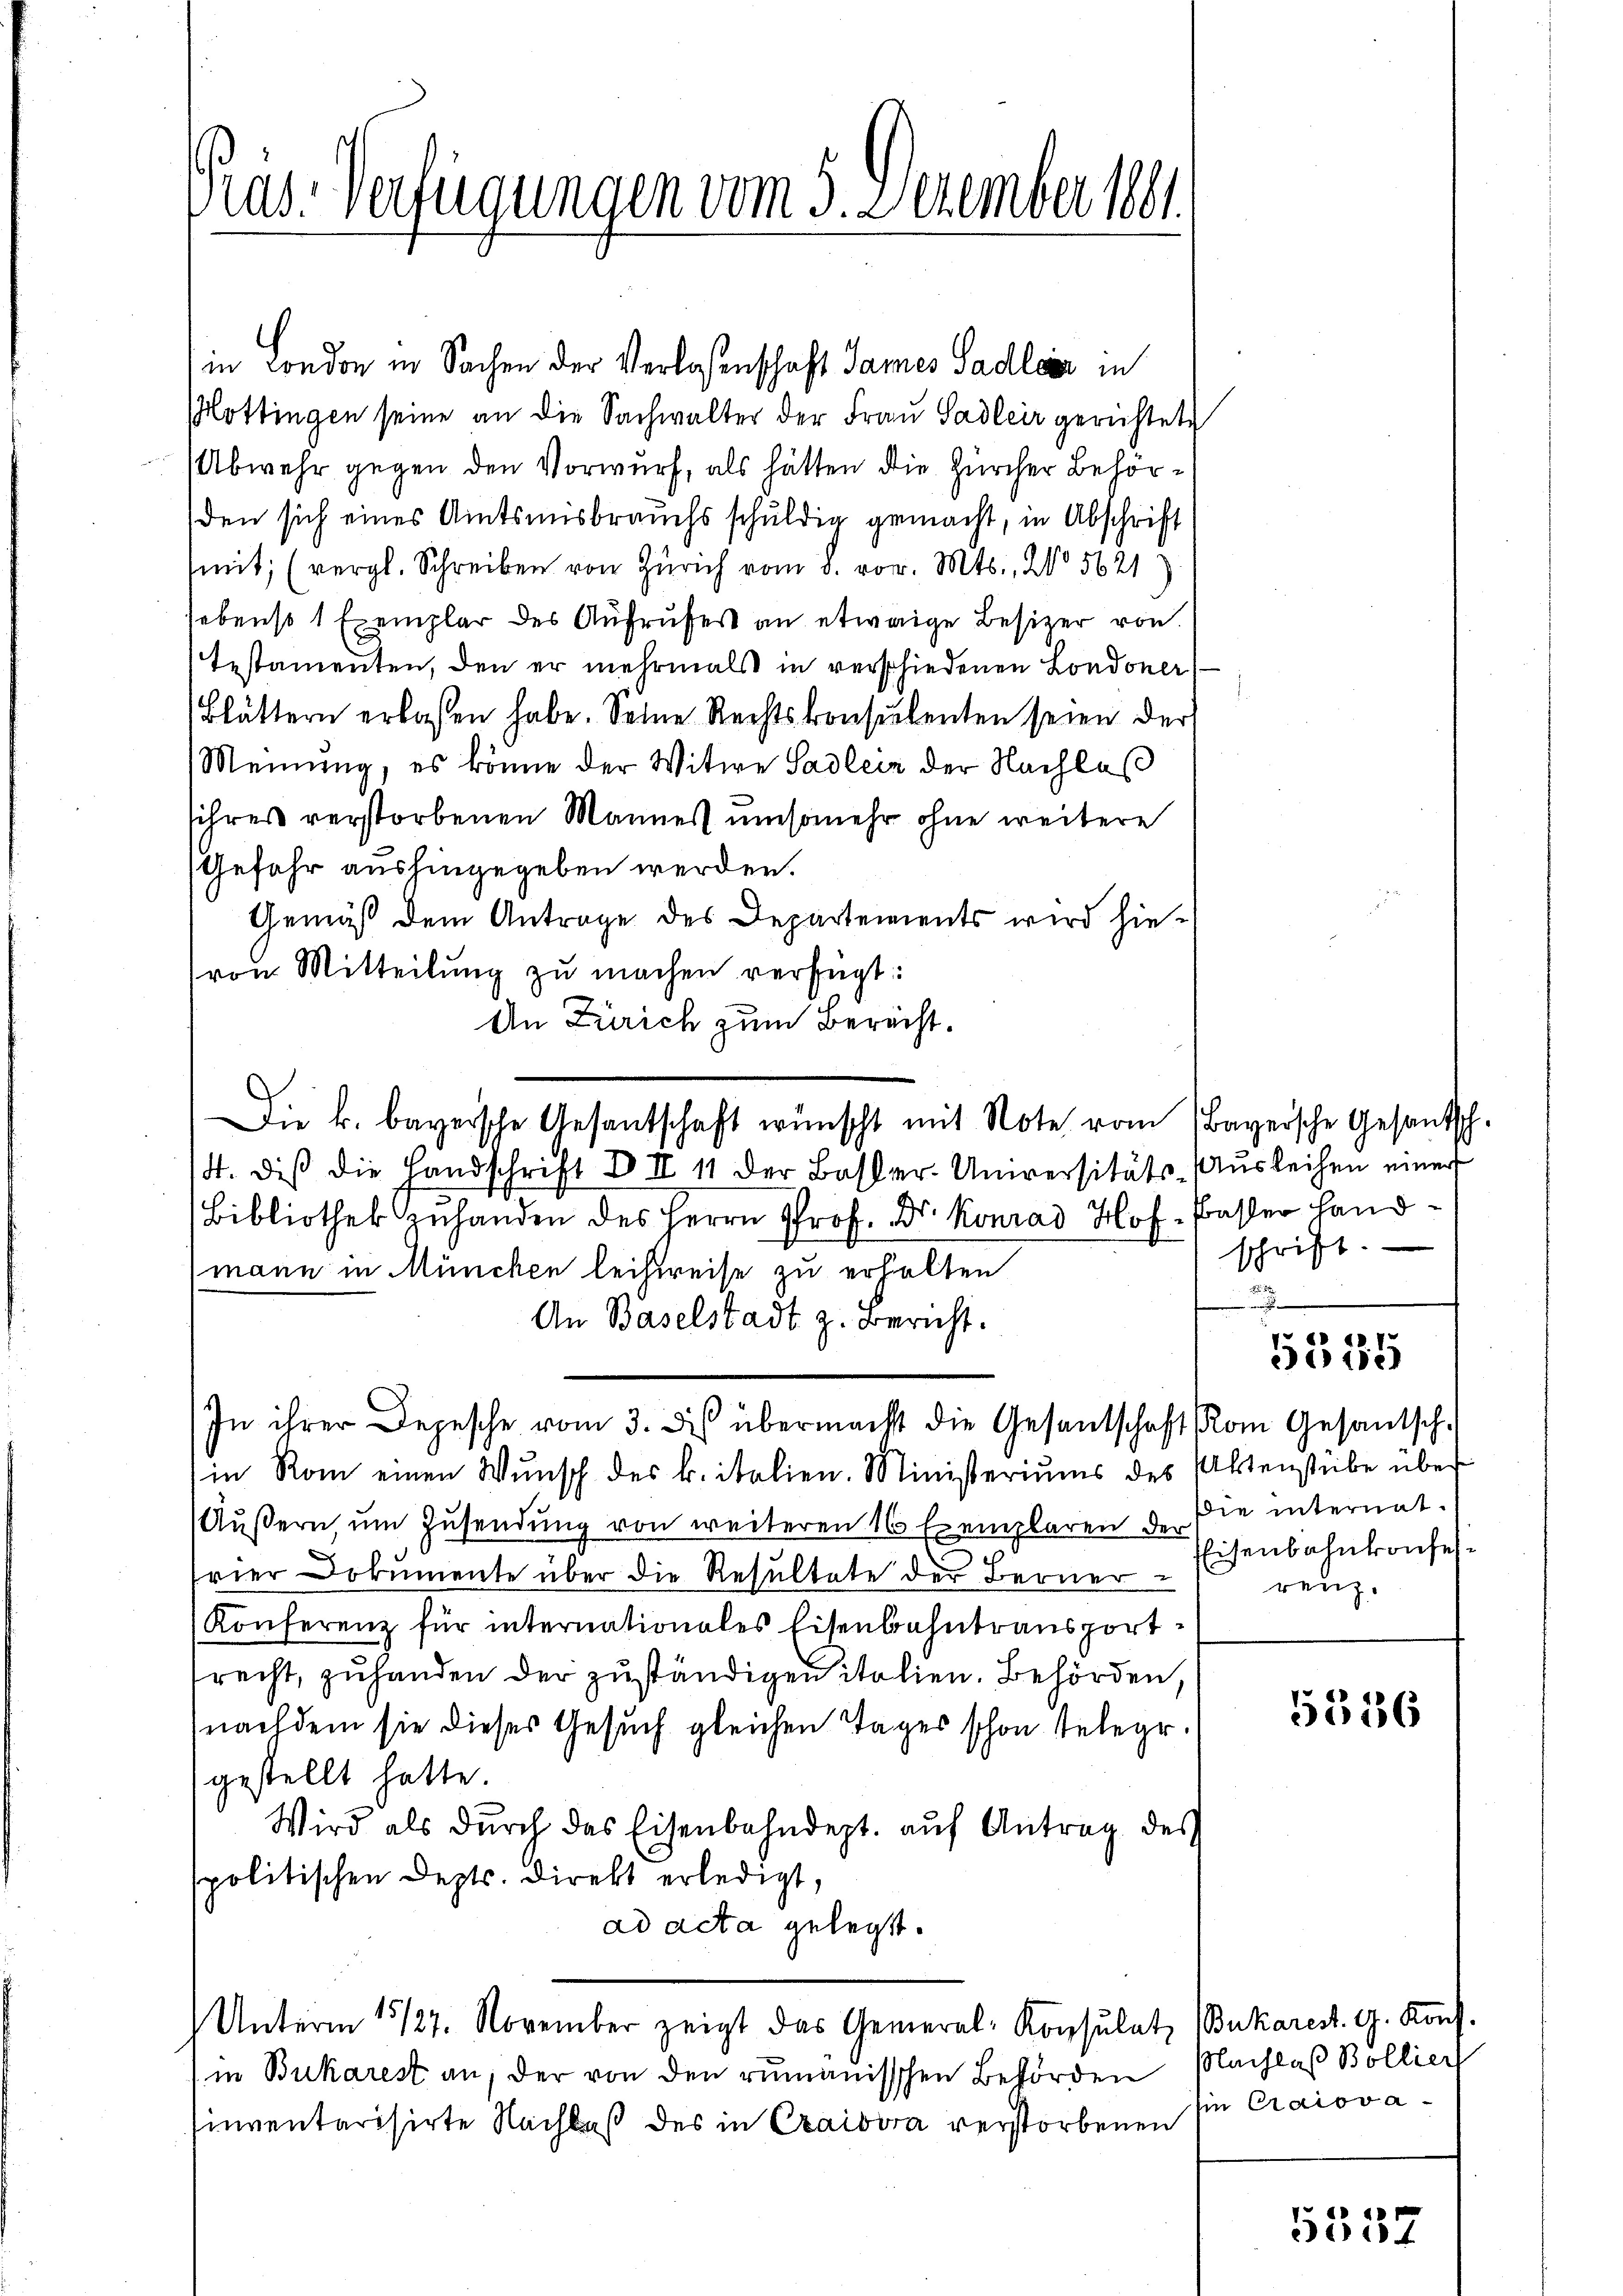
ras. Verfügungen vom 5. Dezember 1881.

in London in Sachen der Verlassenschaft Sames Sadler in
Hottingen seine an die Sachwalter der Frau Sadler gerichtete
Abwehr gegen den Vorwurf, als hätten die Zürcher Behörden sich eines Amtsausbrauchs schuldig gemacht, in Abschrift
mit; (vergl. Schreiben von Zürich vom 8. vor. Mts. Wo 5621)
sebenso 1 Exemplar des Aufrufes an etwaige Besizer von
Testamenten, den er mehrmals in verschiedenen Londoner
Blättern erlassen habe. Seine Rechtskonsulenten seien der
Meinung, es könne der Witwe Sadlein der Nachlaβ
sihres verstorbenen Mannes umsomehr ohne weitere
Gefahr aushingegeben werden.
Gemäß dem Antrage des Departements wird hievon Mitteilŭng zu machen verfügt:
An Zürich zum Berecht.
/4. diβ die Handschrift d. II 11 der Basler-Universitäts-Ausleihen einer
Bibliothek zuhanden des Herrn Prof. Dr. Konrad Hof, Basler Handmann in München leistreise zu erhalten
An Baselstadt z. Bericht.
In ihrer Depesche vom 3. des übermacht die Gesantschaft vom Gesantsch.
in Rom einen Wŭnsch des k. italien. Ministeriums des Aktenstube über
Äŭβern ŭm Zŭsendŭng von weiteren 16 Exemplaren de sie internat.
frier Dokumente über die Resultate der Berner
Konferenz für internationales Eisenbahntransport
recht, zuhanden der zuständigen italien. Behörden,
nachdem sie dieses Gesuch gleichen Tages schon stelegr.
gestellt hatte.
Wird als dŭrch das Eisenbahndept. aŭf Antrag des
spolitischen Depts. Direkt erledigt,
ad acta gelegt.
Unterm 15/27. November zeigt das General-Konsulatz BBukarest. G. Konf
in Bukarest an, der von den rumänischen Behörden
sinventarisirte Nachlaß des in Craisera verstorbenen

Die k. bayrische Gesantschaft wünscht mit Note vom Bayersche Gesandtsch-

schrift.
.

6 40 f.
ee

Eisenbahnkonfes
renz.

5536

Nachlaß Bollier
in Craiova¬

5357